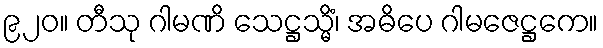
၉၂၀။ တီသု ဂါမဏိ သေဋ္ဌသ္မိံ၊ အဓိပေ ဂါမဇေဋ္ဌကေ။